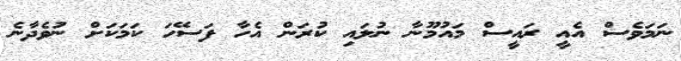
ނަމަވެސް އެއީ ރައީސް މައުމޫނާ ނުލައި ކުރަން އެހާ ފަސޭހަ ކަމަކަށް ނުވެދާނެ